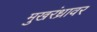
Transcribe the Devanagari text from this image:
मुखरंध्रावर